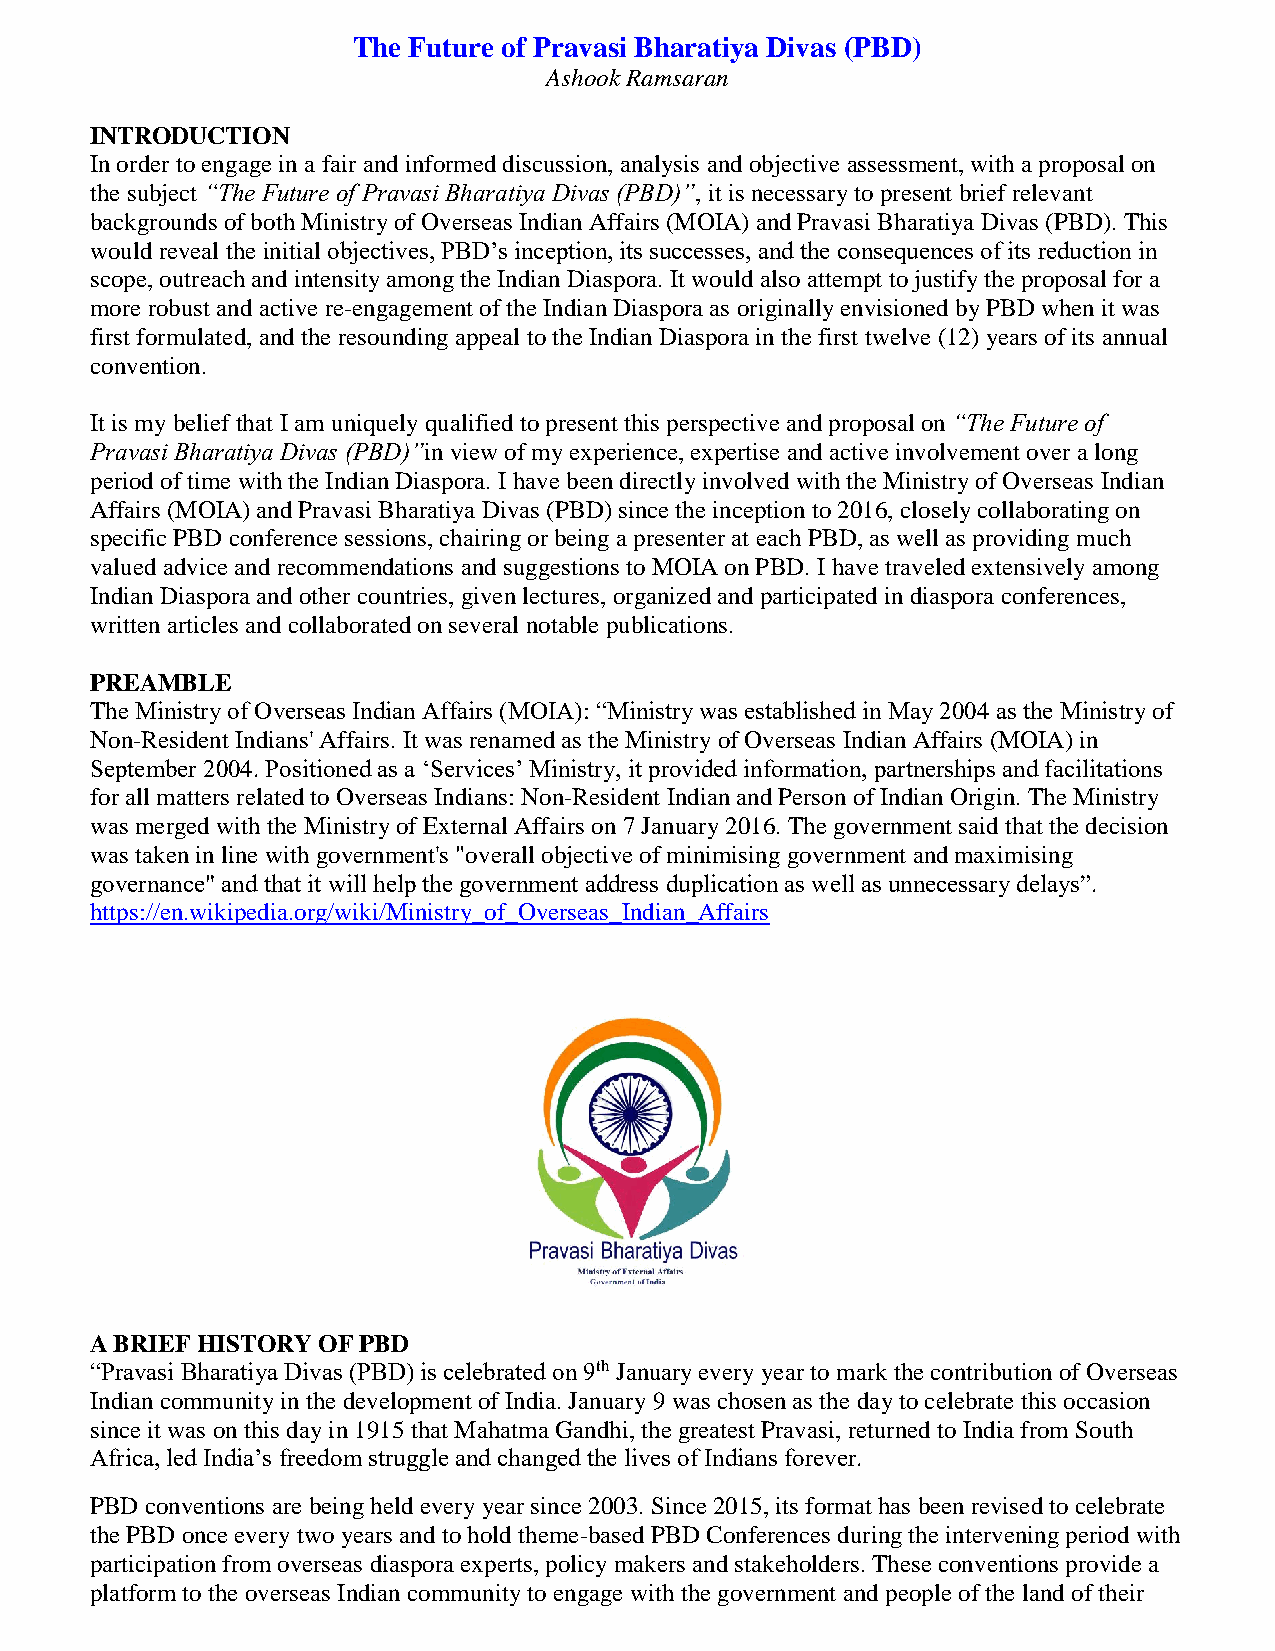
The Future of Pravasi Bharatiya Divas (PBD)
 Ashook Ramsaran
 INTRODUCTION
 In order to engage in a fair and informed discussion, analysis and objective assessment, with a proposal on
 the subject “The Future of Pravasi Bharatiya Divas (PBD)”, it is necessary to present brief relevant
 backgrounds of both Ministry of Overseas Indian Affairs (MOIA) and Pravasi Bharatiya Divas (PBD). This
 would reveal the initial objectives, PBD’s inception, its successes, and the consequences of its reduction in
 scope, outreach and intensity among the Indian Diaspora. It would also attempt to justify the proposal for a
 more robust and active re-engagement of the Indian Diaspora as originally envisioned by PBD when it was
 first formulated, and the resounding appeal to the Indian Diaspora in the first twelve (12) years of its annual
 convention.
 It is my belief that I am uniquely qualified to present this perspective and proposal on “The Future of
 Pravasi Bharatiya Divas (PBD)”in view of my experience, expertise and active involvement over a long
 period of time with the Indian Diaspora. I have been directly involved with the Ministry of Overseas Indian
 Affairs (MOIA) and Pravasi Bharatiya Divas (PBD) since the inception to 2016, closely collaborating on
 specific PBD conference sessions, chairing or being a presenter at each PBD, as well as providing much
 valued advice and recommendations and suggestions to MOIA on PBD. I have traveled extensively among
 Indian Diaspora and other countries, given lectures, organized and participated in diaspora conferences,
 written articles and collaborated on several notable publications.
 PREAMBLE
 The Ministry of Overseas Indian Affairs (MOIA): “Ministry was established in May 2004 as the Ministry of
 Non-Resident Indians' Affairs. It was renamed as the Ministry of Overseas Indian Affairs (MOIA) in
 September 2004. Positioned as a ‘Services’ Ministry, it provided information, partnerships and facilitations
 for all matters related to Overseas Indians: Non-Resident Indian and Person of Indian Origin. The Ministry
 was merged with the Ministry of External Affairs on 7 January 2016. The government said that the decision
 was taken in line with government's "overall objective of minimising government and maximising
 governance" and that it will help the government address duplication as well as unnecessary delays”.
 https://en.wikipedia.org/wiki/Ministry_of_Overseas_Indian_Affairs
 A BRIEF HISTORY OF PBD
 “Pravasi Bharatiya Divas (PBD) is celebrated on 9th January every year to mark the contribution of Overseas
 Indian community in the development of India. January 9 was chosen as the day to celebrate this occasion
 since it was on this day in 1915 that Mahatma Gandhi, the greatest Pravasi, returned to India from South
 Africa, led India’s freedom struggle and changed the lives of Indians forever.
 PBD conventions are being held every year since 2003. Since 2015, its format has been revised to celebrate
 the PBD once every two years and to hold theme-based PBD Conferences during the intervening period with
 participation from overseas diaspora experts, policy makers and stakeholders. These conventions provide a
 platform to the overseas Indian community to engage with the government and people of the land of their